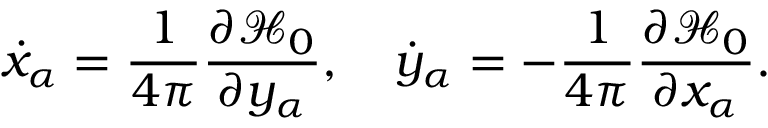
\dot { x } _ { \alpha } = \frac { 1 } { 4 \pi } \frac { \partial \mathcal H _ { 0 } } { \partial y _ { \alpha } } , \quad \dot { y } _ { \alpha } = - \frac { 1 } { 4 \pi } \frac { \partial \mathcal H _ { 0 } } { \partial x _ { \alpha } } .